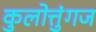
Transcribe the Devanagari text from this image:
कुलोत्तुंगज